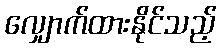
လျှောက်ထားနိုင်သည့်